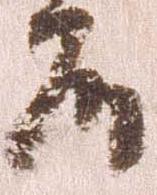
殿